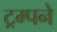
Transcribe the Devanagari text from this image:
ट्रम्पने